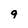
Character: 9